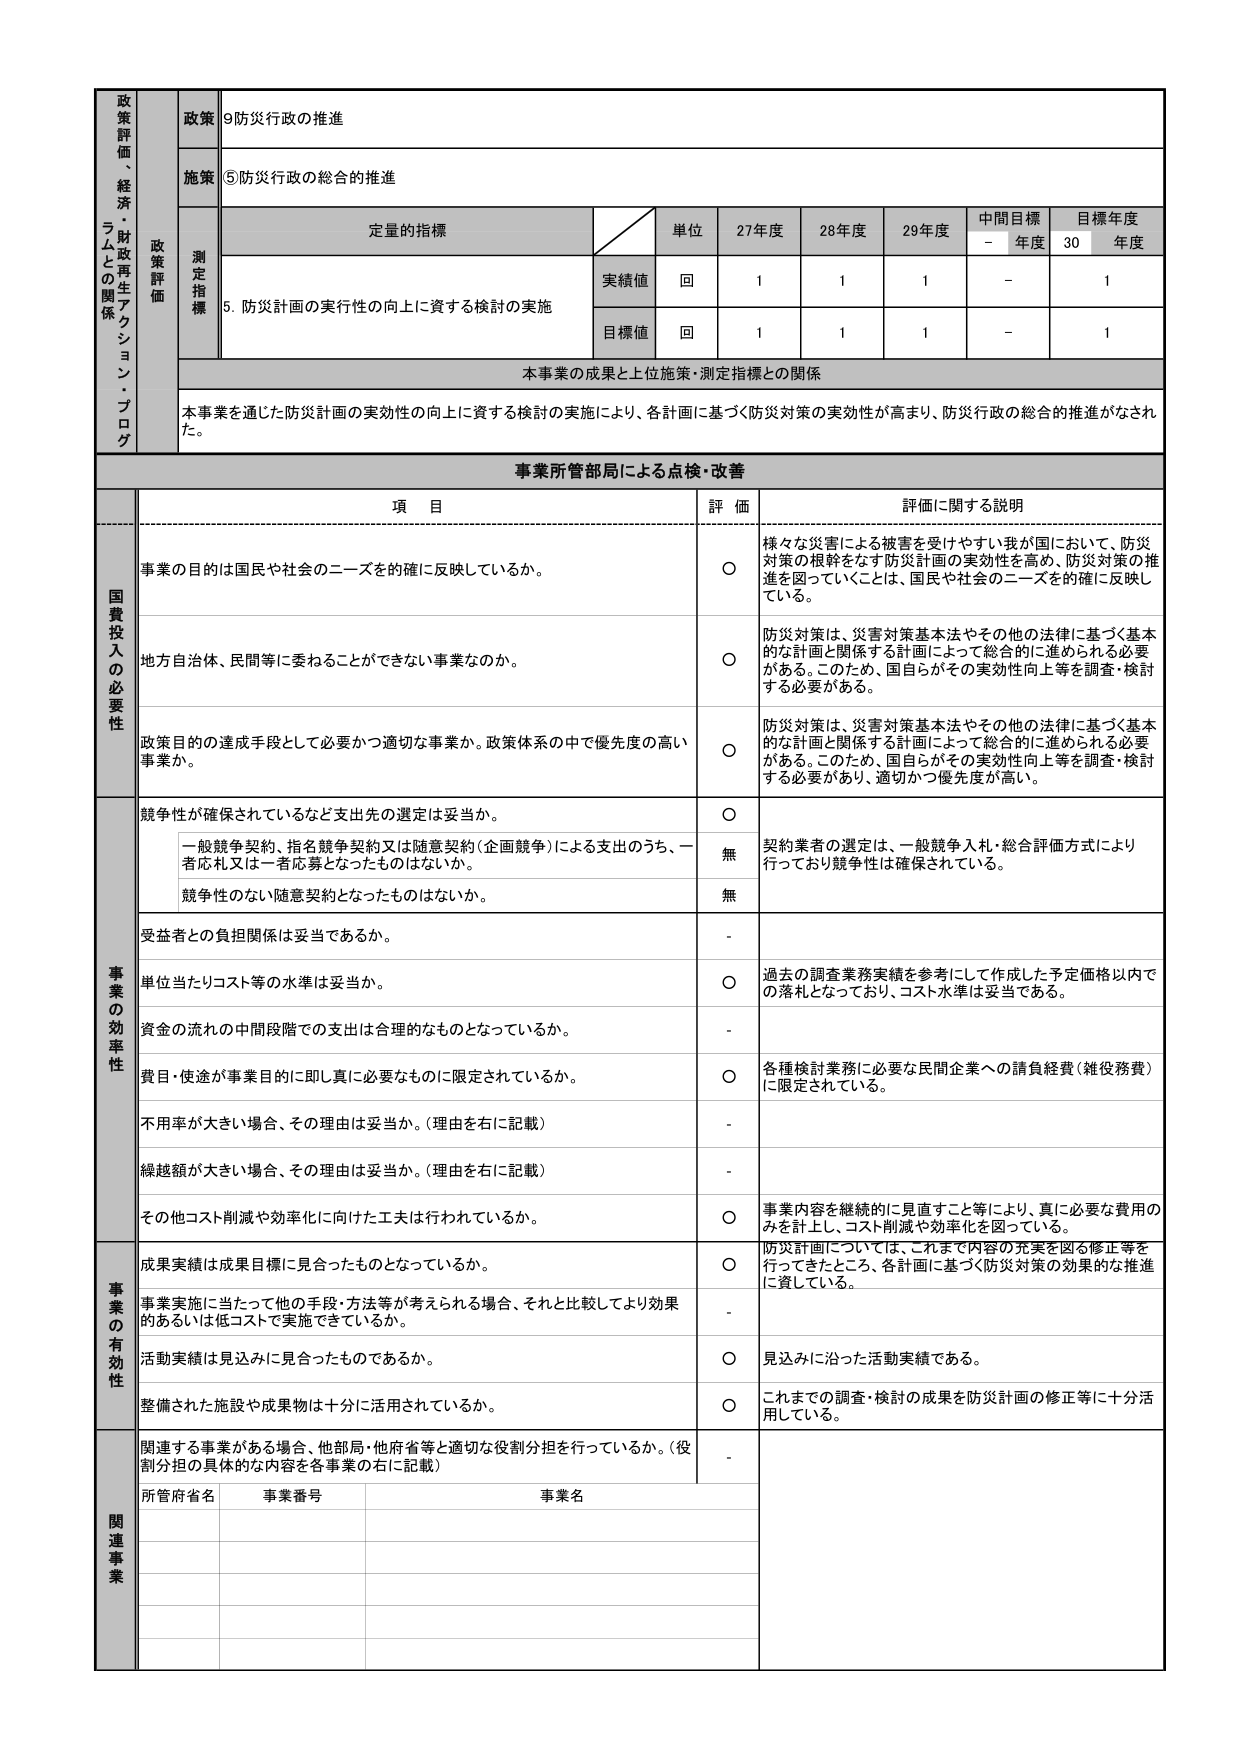
政策評価、経済・財政再生アクション・プログラムとの関係
政策
⑨防災行政の推進
施策
⑤防災行政の総合的推進
政策評価
測定指標
定量的指標
単位
27年度
28年度
29年度
中間目標
目標年度
-
年度
30
年度
実績値
回
1
1
1
-
1
目標値
回
1
1
1
-
1
5. 防災計画の実行性の向上に資する検討の実施
本事業の成果と上位施策・測定指標との関係
本事業を通じた防災計画の実効性の向上に資する検討の実施により、各計画に基づく防災対策の実効性が高まり、防災行政の総合的推進がなされた。
事業所管部局による点検・改善
項 目
評 価
評価に関する説明
国費投入の必要性
事業の目的は国民や社会のニーズを的確に反映しているか。
○
様々な災害による被害を受けやすい我が国において、防災対策の根幹をなす防災計画の実効性を高め、防災対策の推進を図っていくことは、国民や社会のニーズを的確に反映している。
地方自治体、民間等に委ねることができない事業なのか。
○
防災対策は、災害対策基本法やその他の法律に基づく基本的な計画と関係する計画によって総合的に進められる必要がある。このため、国自らがその実効性向上等を調査・検討する必要がある。
政策目的の達成手段として必要かつ適切な事業か。政策体系の中で優先度の高い事業か。
○
防災対策は、災害対策基本法やその他の法律に基づく基本的な計画と関係する計画によって総合的に進められる必要がある。このため、国自らがその実効性向上等を調査・検討する必要があり、適切かつ優先度が高い。
事業の効率性
競争性が確保されているなど支出先の選定は妥当か。
○
契約業者の選定は、一般競争入札・総合評価方式により行っており競争性は確保されている。
一般競争契約、指名競争契約又は随意契約（企画競争）による支出のうち、一者応札又は一者応募となったものはないか。
無
競争性のない随意契約となったものはないか。
無
受益者との負担関係は妥当であるか。
-
単位当たりコスト等の水準は妥当か。
○
過去の調査業務実績を参考にして作成した予定価格以内での落札となっており、コスト水準は妥当である。
資金の流れの中間段階での支出は合理的なものとなっているか。
-
費目・用途が事業目的に即し真に必要なものに限定されているか。
○
各種検討業務に必要な民間企業への請負経費（雑役務費）に限定されている。
不用率が大きい場合、その理由は妥当か。（理由を右に記載）
-
繰越額が大きい場合、その理由は妥当か。（理由を右に記載）
-
その他コスト削減や効率化に向けた工夫は行われているか。
○
事業内容を継続的に見直すこと等により、真に必要な費用のみを計上し、コスト削減や効率化を図っている。
事業の有効性
成果実績は成果目標に見合ったものとなっているか。
○
防災計画については、これまで内容の充実を図る修正等を行ってきたところ、各計画に基づく防災対策の効果的な推進に資している。
事業実施に当たって他の手段・方法等が考えられる場合、それと比較してより効果的あるいは低コストで実施できているか。
-
活動実績は見込みに見合ったものであるか。
○
見込みに沿った活動実績である。
整備された施設や成果物は十分に活用されているか。
○
これまでの調査・検討の成果を防災計画の修正等に十分活用している。
関連事業
関連する事業がある場合、他部局・他府省等と適切な役割分担を行っているか。（役割分担の具体的な内容を各事業の右に記載）
-
所管府省名
事業番号
事業名